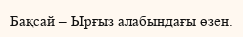
Бақсай – Ырғыз алабындағы өзен.